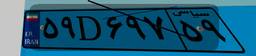
۵۹D۶۹۷۵۹